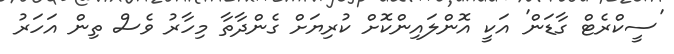
'ސީކްރެޓް ގާޑަން' އަކީ އޮންލައިންކޮށް ކުރިޔަށް ގެންދާތާ މިހާރު ވެސް ތިން އަހަރު